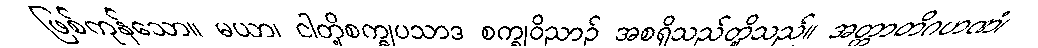
ဖြစ်ကုန်သော။ မယာ၊ ငါတို့စက္ခုပသာဒ စက္ခုဝိညာဉ် အစရှိသည်တို့သည်။ အတ္တာတိဂဟဏံ၊